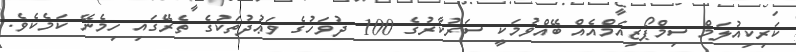
ކަރިކިއުލަމް ސިމްޕޯޒިއަމްއެއް ބޭއްވުމަކީ ސަރުކާރުގެ 100 ދުވަހުގެ ވަޢުދުތަކުގެ ތެރޭގައި ހިމެނޭ ކަމެކެވެ.